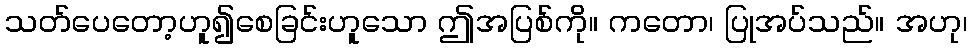
သတ်ပေတော့ဟူ၍စေခြင်းဟူသော ဤအပြစ်ကို။ ကတော၊ ပြုအပ်သည်။ အဟု၊